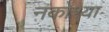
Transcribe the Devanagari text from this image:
नकोश्या